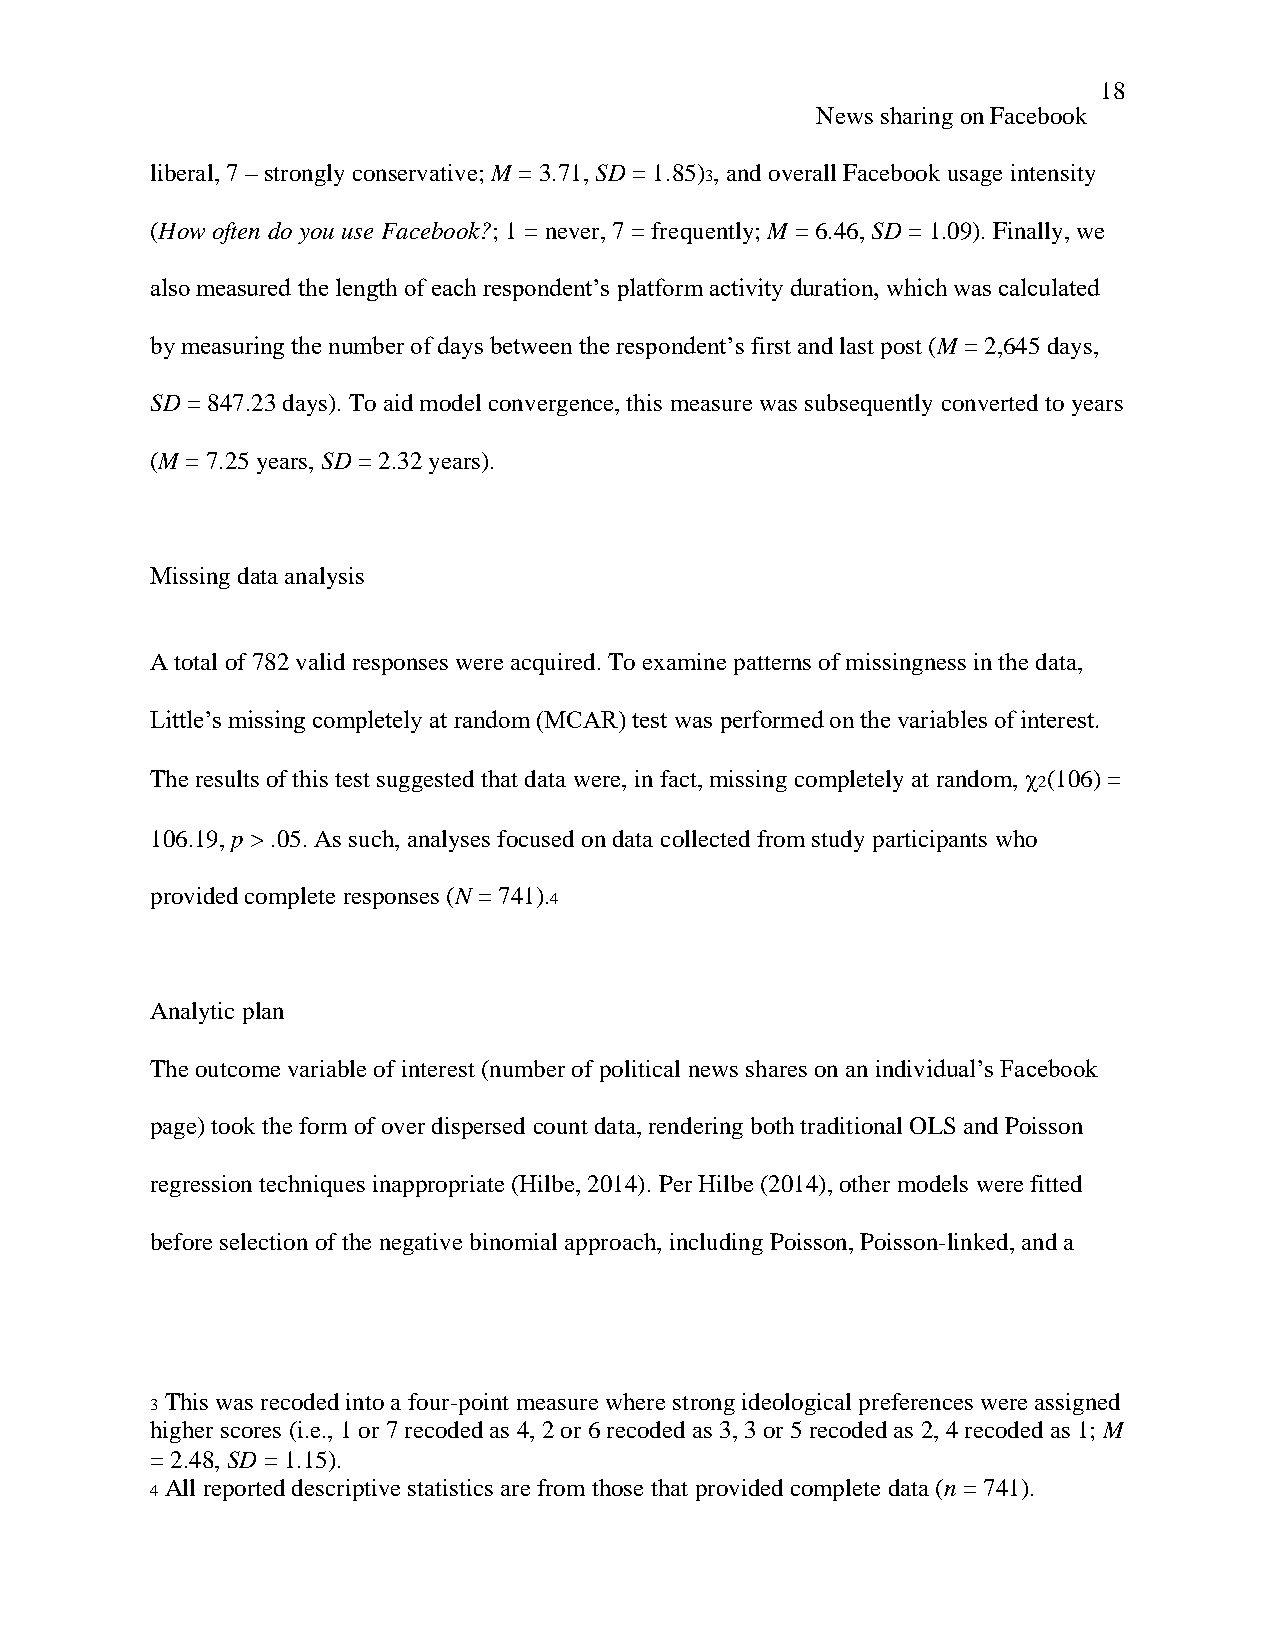
18
 News sharing on Facebook
 liberal, 7 – strongly conservative; M = 3.71, SD = 1.85) , and overall Facebook usage intensity
 3
 (How often do you use Facebook?; 1 = never, 7 = frequently; M = 6.46, SD = 1.09). Finally, we
 also measured the length of each respondent’s platform activity duration, which was calculated
 by measuring the number of days between the respondent’s first and last post (M = 2,645 days,
 SD = 847.23 days). To aid model convergence, this measure was subsequently converted to years
 (M = 7.25 years, SD = 2.32 years).
 Missing data analysis
 A total of 782 valid responses were acquired. To examine patterns of missingness in the data,
 Little’s missing completely at random (MCAR) test was performed on the variables of interest.
 The results of this test suggested that data were, in fact, missing completely at random,  (106) =
 2
 106.19, p > .05. As such, analyses focused on data collected from study participants who
 provided complete responses (N = 741).
 4
 Analytic plan
 The outcome variable of interest (number of political news shares on an individual’s Facebook
 page) took the form of over dispersed count data, rendering both traditional OLS and Poisson
 regression techniques inappropriate (Hilbe, 2014). Per Hilbe (2014), other models were fitted
 before selection of the negative binomial approach, including Poisson, Poisson-linked, and a
 This was recoded into a four-point measure where strong ideological preferences were assigned
 3
 higher scores (i.e., 1 or 7 recoded as 4, 2 or 6 recoded as 3, 3 or 5 recoded as 2, 4 recoded as 1; M
 = 2.48, SD = 1.15).
 All reported descriptive statistics are from those that provided complete data (n = 741).
 4